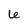
Character: 6